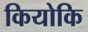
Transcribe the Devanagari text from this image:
कियोकि